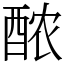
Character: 𬪩